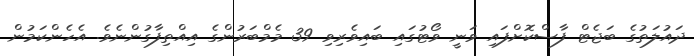
ދައުލަތުގެ ބަޖެޓް ފާސްކޮށްފައި ވަނީ ވޯޓުގައި ބައިވެރިވި 39 މެމްބަރުންގެ އިއްތިފާގުންނެވެ. އެހެންކަމުން